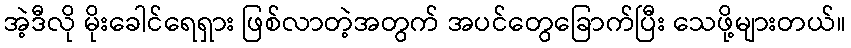
အဲ့ဒီလို မိုးခေါင်ရေရှား ဖြစ်လာတဲ့အတွက် အပင်တွေခြောက်ပြီး သေဖို့များတယ်။